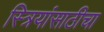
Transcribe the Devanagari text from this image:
स्त्रियांसाठीचा